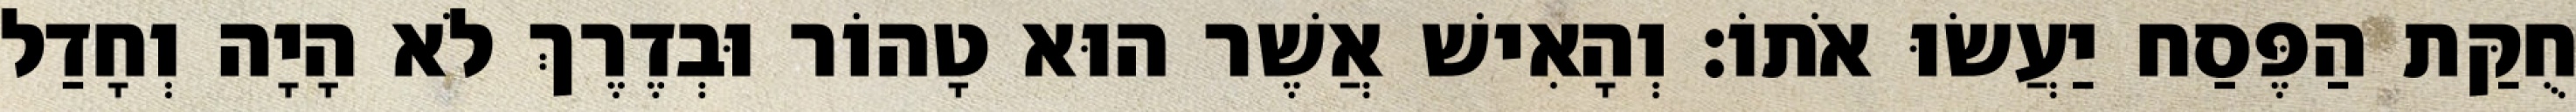
חֻקַּת הַפֶּסַח יַעֲשׂוּ אֹתוֹ׃ וְהָאִישׁ אֲשֶׁר הוּא טָהוֹר וּבְדֶרֶךְ לֹא הָיָה וְחָדַל